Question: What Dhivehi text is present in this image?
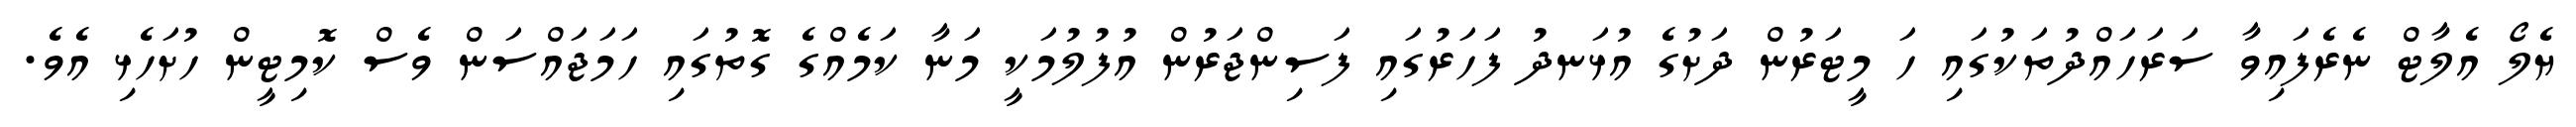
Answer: ޔެލޯ އެލާޓް ނެރެފައިވާ ސަރަހައްދުތަކުގައި ހަ މީޓަރުން ދަށުގެ އުޅަނދު ފަހަރުގައި ފަސިންޖަރުން އުފުލުމަކީ މަނާ ކަމެއްގެ ގޮތުގައި ހަމަޖައްސަން ވެސް ކޮމިޓީން ހުށަހެޅި އެވެ.